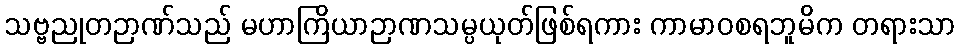
သဗ္ဗညုတဉာဏ်သည် မဟာကြိယာဉာဏသမ္ပယုတ်ဖြစ်ရကား ကာမာဝစရဘူမိက တရားသာ